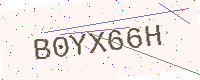
Text: B0YX66H